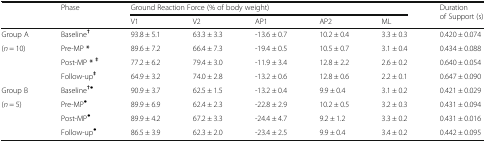
| <ROWSPAN=2>  | <ROWSPAN=2> Phase | <COLSPAN=5> Ground Reaction Force (% of body weight) | <ROWSPAN=2> Durationof Support (s) |
 | V1 | V2 | AP1 | AP2 | ML |
 | --- | --- | --- | --- | --- | --- | --- | --- |
 | Group A | Baseline† | 93.8 ± 5.1 | 63.3 ± 3.3 | -13.6 ± 0.7 | 10.2 ± 0.4 | 3.3 ± 0.3 | 0.420 ± 0.074 |
 | <ROWSPAN=3> (n = 10) | Pre-MP * | 89.6 ± 7.2 | 66.4 ± 7.3 | -19.4 ± 0.5 | 10.5 ± 0.7 | 3.1 ± 0.4 | 0.434 ± 0.088 |
 | Post-MP *‡ | 77.2 ± 6.2 | 79.4 ± 3.0 | -11.9 ± 3.4 | 12.8 ± 2.2 | 2.6 ± 0.2 | 0.640 ± 0.054 |
 | Follow-up‡ | 64.9 ± 3.2 | 74.0 ± 2.8 | -13.2 ± 0.6 | 12.8 ± 0.6 | 2.2 ± 0.1 | 0.647 ± 0.090 |
 | Group B | Baseline†● | 90.9 ± 3.7 | 62.5 ± 1.5 | -13.2 ± 0.4 | 9.9 ± 0.4 | 3.1 ± 0.2 | 0.421 ± 0.029 |
 | <ROWSPAN=3> (n = 5) | Pre-MP● | 89.9 ± 6.9 | 62.4 ± 2.3 | -22.8 ± 2.9 | 10.2 ± 0.5 | 3.2 ± 0.3 | 0.431 ± 0.094 |
 | Post-MP● | 89.9 ± 4.2 | 67.2 ± 3.3 | -24.4 ± 4.7 | 9.2 ± 1.2 | 3.3 ± 0.2 | 0.431 ± 0.016 |
 | Follow-up● | 86.5 ± 3.9 | 62.3 ± 2.0 | -23.4 ± 2.5 | 9.9 ± 0.4 | 3.4 ± 0.2 | 0.442 ± 0.095 |